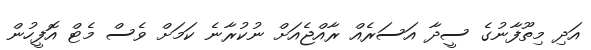
އަދި މިތޫފާނުގެ ސީދާ އަސަރެއް ރާއްޖެއަށް ނުކުރާނެ ކަމަށް ވެސް މެޓް އޮފީހުން